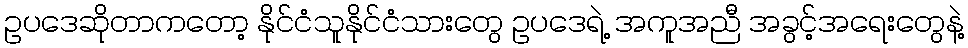
ဥပဒေဆိုတာကတော့ နိုင်ငံသူနိုင်ငံသားတွေ ဥပဒေရဲ့ အကူအညီ အခွင့်အရေးတွေနဲ့